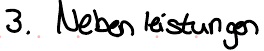
3. Nebenleistungen